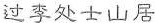
过李处士山居